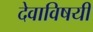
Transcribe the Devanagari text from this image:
देवाविषयी